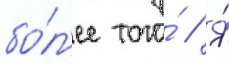
бо́л'ее того́ // Я́